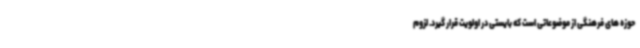
حوزه های فرهنگی از موضوعاتی است که بایستی در اولویت قرار گیرد. لزوم